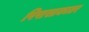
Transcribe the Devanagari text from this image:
पिपासाकातर